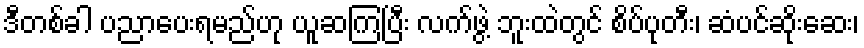
ဒီတစ်ခါ ပညာပေးရမည်ဟု ယူဆကြပြီး လက်ဖွဲ့ ဘူးထဲတွင် စိပ်ပုတီး၊ ဆံပင်ဆိုးဆေး၊